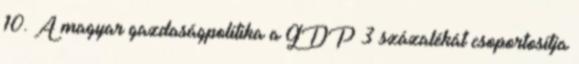
10. A magyar gazdaságpolitika a GDP 3 százalékát csoportosítja